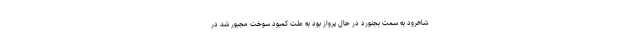
شاهرود به سمت بجنورد در حال پرواز بود به علت کمبود سوخت مجبور شد در